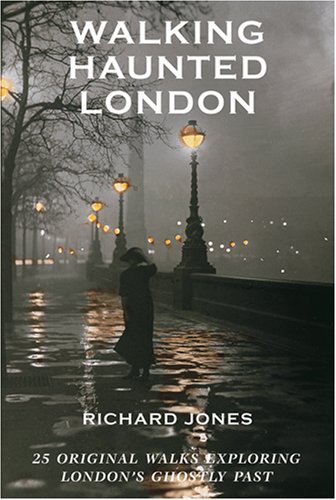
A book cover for Walking Haunted London: 25 Original Walks Exploring London's Ghostly Past; Richard Jones; Travel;